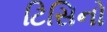
ટિસિનો